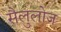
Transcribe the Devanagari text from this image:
सैलुलोज